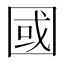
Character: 國